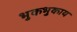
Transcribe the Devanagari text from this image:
भुकभुकाय